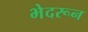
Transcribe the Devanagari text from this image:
भेदरून